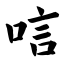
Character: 唁